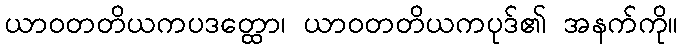
ယာဝတတိယကပဒတ္ထော၊ ယာဝတတိယကပုဒ်၏ အနက်ကို။